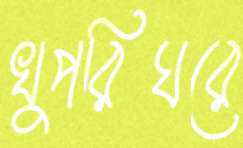
খুপরিঘরে